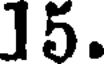
15.